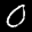
Label: 0